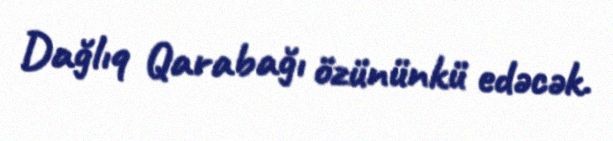
Dağlıq Qarabağı özününkü edəcək.